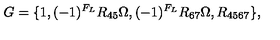
G = \{ 1 , ( - 1 ) ^ { F _ { L } } R _ { 4 5 } \Omega , ( - 1 ) ^ { F _ { L } } R _ { 6 7 } \Omega , R _ { 4 5 6 7 } \} ,